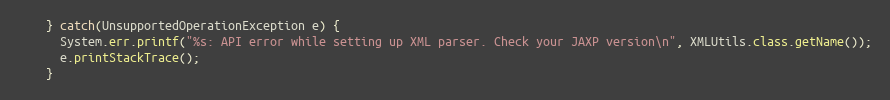
Language: Java
    } catch(UnsupportedOperationException e) {
      System.err.printf("%s: API error while setting up XML parser. Check your JAXP version\n", XMLUtils.class.getName());
      e.printStackTrace();
    }